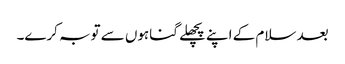
بعد سلام کے اپنے پچھلے گناہوں سے توبہ کرے۔